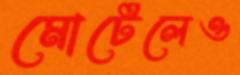
মোটেলেও